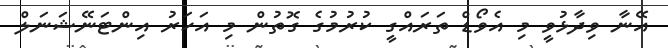
އޭނާ ވިދާޅުވީ މި އެވޯޑް ތަރައްގީ ކުރުމުގެ ގޮތުން މި އަހަރު އިންޓަނޭޝަނަލް